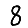
Digit: 8